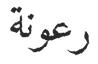
رعونة